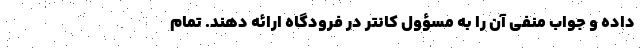
داده و جواب منفی آن را به مسؤول کانتر در فرودگاه ارائه دهند. تمام